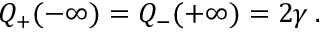
{ \cal Q } _ { + } ( - \infty ) = { \cal Q } _ { - } ( + \infty ) = 2 \gamma \: .